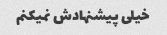
خیلی پیشنهادش نمیکنم